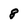
Character: 8